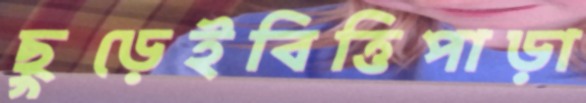
ছুড়েইবিত্তিপাড়া